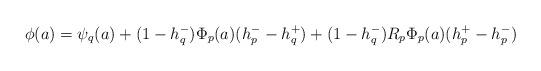
LaTeX: \begin{align*}\phi(a) = \psi_q(a) + (1 - h_q^-)\Phi_p(a)(h_p^- - h_q^+) + (1 - h_q^-)R_p\Phi_p(a)(h_p^+ - h_p^-)\end{align*}